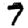
Digit: 7